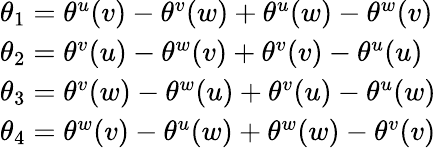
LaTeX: \begin{array}{l}{{\theta_{1}=\theta^{u}(v)-\theta^{v}(w)+\theta^{u}(w)-\theta^{w}(v)}}\\ {{\theta_{2}=\theta^{v}(u)-\theta^{w}(v)+\theta^{v}(v)-\theta^{u}(u)}}\\ {{\theta_{3}=\theta^{v}(w)-\theta^{w}(u)+\theta^{v}(u)-\theta^{u}(w)}}\\ {{\theta_{4}=\theta^{w}(v)-\theta^{u}(w)+\theta^{w}(w)-\theta^{v}(v)}}\end{array}